Report on the working of the Ranchi Indian Mental Hospital, Kanke, in Bihar and Orissa - 1930-1940
Year: 1930
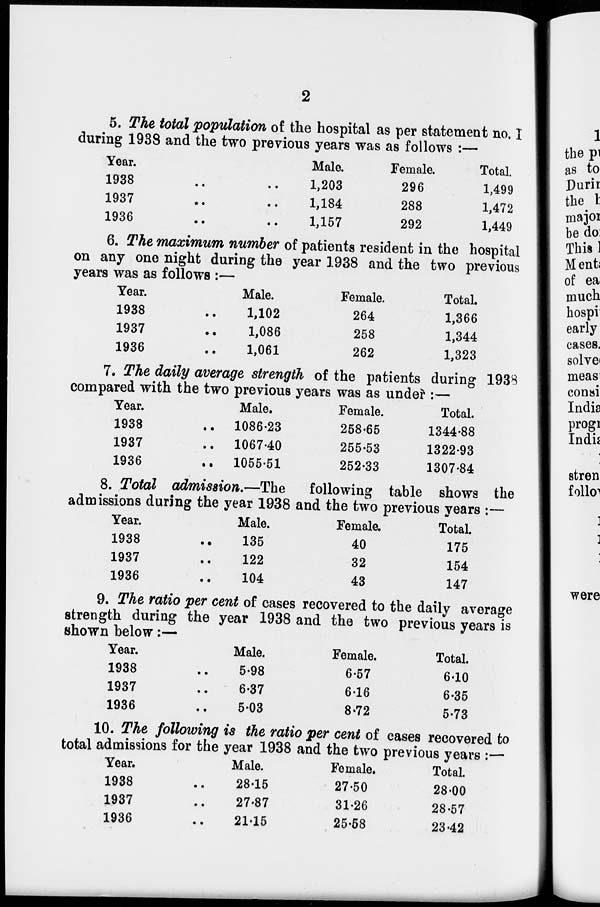
2
5. The total population of the hospital as per statement no. I
during 1938 and the two previous years was as follows :—
Year.
1938 .. ..
1937 .. ..
1936 .. ..
Male.
1,203
1,184
1,157
Female.
296
288
292
Total.
1,499
1,472
1,449
6. The maximum number of patients resident in the hospital
on any one night during the year 1938 and the two previous
years was as follows :—
Tear.
1938 ..
1937 ..
1936 ..
Male.
1,102
1,086
1,061
Female.
264
258
262
Total.
1,366
1,344
1,323
7. The daily average strength of the patients during 1938
compared with the two previous years was as under :—
Year.
1938 ..
1937 ..
1936 ..
Male.
1086.23
1067.40
1055.51
Female.
258.65
255.53
252.33
Total.
1344.88
1322.93
1307.84
8. Total admission.—The following table shows the
admissions during the year 1938 and the two previous years :—
Year.
1938 ..
1937 ..
1936 ..
Male.
135
122
104
Female.
40
32
43
Total.
175
154
147
9. The ratio per cent of cases recovered to the daily average
strength during the year 1938 and the two previous years is
shown below:—
Year.
1938 ..
1937 ..
1936 ..
Male.
5.98
6.37
5.03
Female.
6.57
6.16
8.72
Total.
6.10
6.35
5.73
10. The following is the ratio per cent of cases recovered to
total admissions for the year 1938 and the two previous years :—
Year.
1938 ..
1937 ..
1936 ..
Male.
28.15
27.87
21.15
Female.
27.50
31.26
25.68
Total.
28.00
28.57
23.42